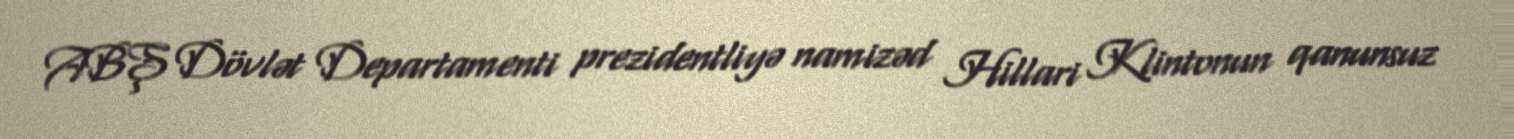
ABŞ Dövlət Departamenti prezidentliyə namizəd Hillari Klintonun qanunsuz